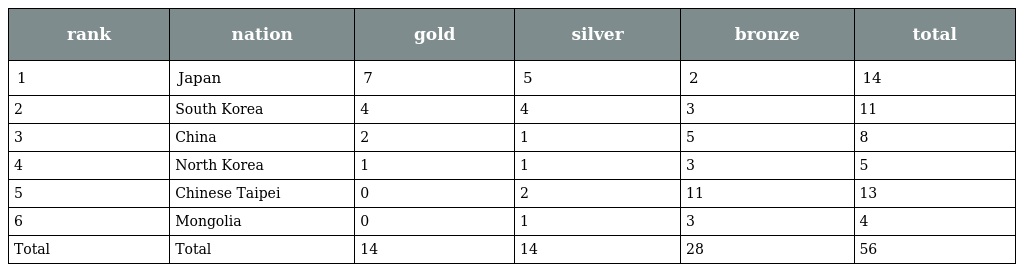
| rank | nation | gold | silver | bronze | total |
 | --- | --- | --- | --- | --- | --- |
 | 1 | Japan | 7 | 5 | 2 | 14 |
 | 2 | South Korea | 4 | 4 | 3 | 11 |
 | 3 | China | 2 | 1 | 5 | 8 |
 | 4 | North Korea | 1 | 1 | 3 | 5 |
 | 5 | Chinese Taipei | 0 | 2 | 11 | 13 |
 | 6 | Mongolia | 0 | 1 | 3 | 4 |
 | Total | Total | 14 | 14 | 28 | 56 |